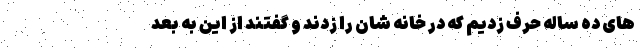
های ده ساله حرف زدیم که در خانه شان را زدند و گفتند از این به بعد